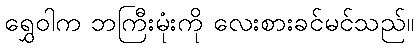
ရွှေဝါက ဘကြီးမုံးကို လေးစားခင်မင်သည်။